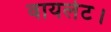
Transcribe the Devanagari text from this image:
वायलेट।